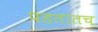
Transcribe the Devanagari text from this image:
पडतातच